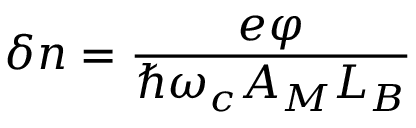
\delta n = { \frac { e \varphi } { \hbar \omega _ { c } A _ { M } L _ { B } } }